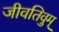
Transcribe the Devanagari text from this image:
जीवतिवुम्